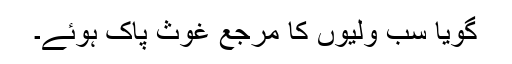
گویا سب ولیوں کا مرجع غوث پاک ہوئے۔